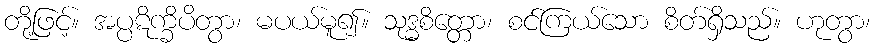
တို့ဖြင့်။ အပ္ပဋိက္ခိပိတွာ၊ မပယ်မူ၍။ သုဒ္ဓစိတ္တော၊ စင်ကြယ်သော စိတ်ရှိသည်။ ဟုတွာ၊